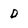
Character: D